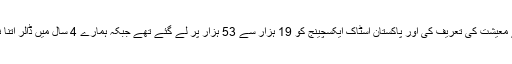
کہتے ہیں کہ مسلم لیگ ن کے دور حکومت میں دنیا نے معیشت کی تعریف کی اور پاکستان اسٹاک ایکسچینج کو 19 ہزار سے 53 ہزار پر لے گئے تھے جبکہ ہمارے 4 سال میں ڈالر اتنا نہیں بڑھا جتنا اس حکومت کے چند ماہ میں بڑھ گیا ہے۔